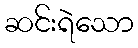
ဆင်းရဲသော